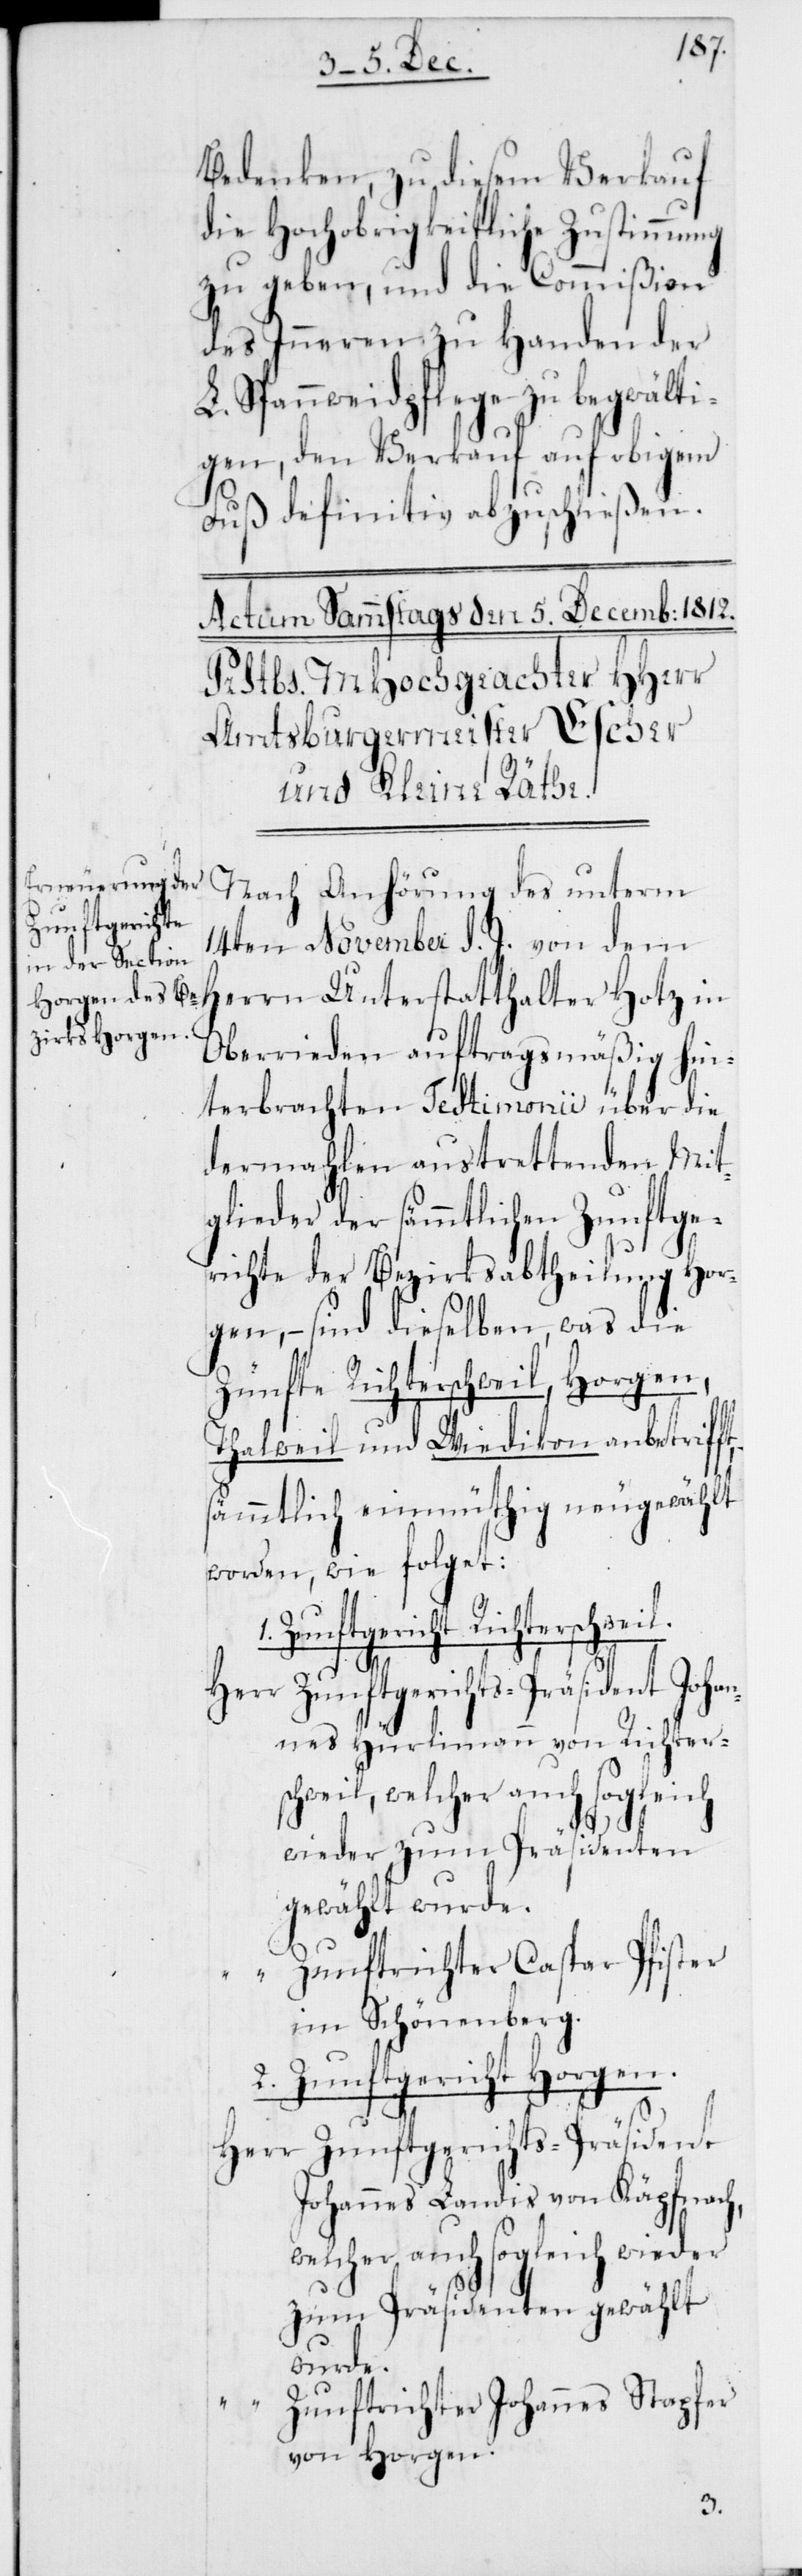
Zunftgericht

Bedenken, zu diesem Verkauf
die Hochobrigkeitliche Zustimmung
zu geben, und die Commißion
des Inneren zu Handen der
L. Spannweidpflege zu begwälti¬
gen, den Verkauf auf obigem
Fuß definitiv abzuschließen.
Nach Anhörung des unterm
14ten November d. J. von dem
Herrn Unterstatthalter Hotz in
Oberrieden auftragsmäßig hin¬
terbrachten Testimonii über die
dermahlen austrettenden Mit¬
glieder der sämmtlichen Zunftge¬
richte der Bezirksabtheilung Hor¬
gen, – sind dieselben, was die
Zünfte Richterschweil, Horgen,
Thalweil und Wiedikon anbetriff¬
sämmtlich einmüthig neugewählt
worden, wie folget:
Richterschweil.
Zunftgerichts-Präsident Johan¬
nes Hürlimann von Richter¬
schweil, welcher auch sogleich
wieder zum Präsidenten
gewählt wurde.
Zunftrichter Caspar Pfister
t,
im Schönenberg.
2. Zunftgericht Horgen.
Zunftgerichts-Präsident
Johannes Landis von Käpfnach,
welcher auch sogleich wieder
zum Präsidenten gewählt
wurde.
“
Zunftrichter Johannes Stapfer
von Horgen.